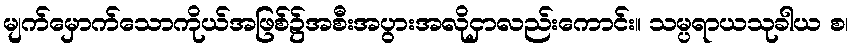
မျက်မှောက်သောကိုယ်အဖြစ်၌အစီးအပွားအလိုငှာလည်းကောင်း။ သမ္ပရာယသုခါယ စ၊